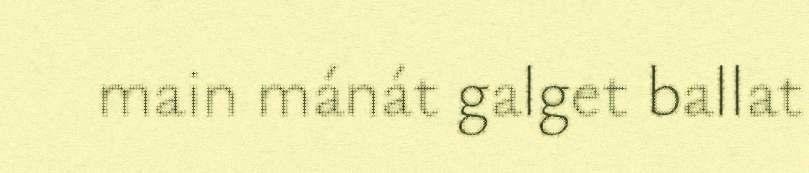
main mánát galget ballat